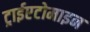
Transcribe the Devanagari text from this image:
ट्राईएटोमाइन